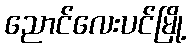
ညောင်လေးပင်မြို့